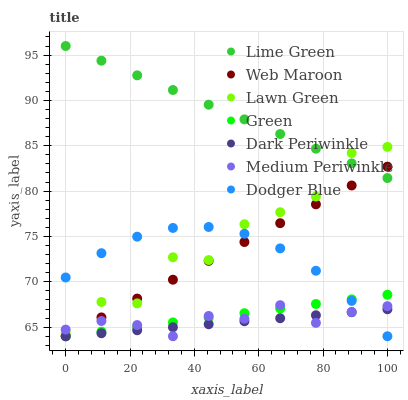
| xaxis_label | Lime Green | Web Maroon | Lawn Green | Green | Dark Periwinkle | Medium Periwinkle | Dodger Blue |
 | --- | --- | --- | --- | --- | --- | --- | --- |
 | 0 | 96 | 64 | 64.4 | 64 | 64 | 64.7 | 70.5 |
 | 11.1 | 94.4 | 66.1 | 67.8 | 64.5 | 64.3 | 65.7 | 73.2 |
 | 22.2 | 92.8 | 68.2 | 67.6 | 65 | 64.7 | 65.2 | 75 |
 | 33.3 | 91.1 | 70.2 | 72.7 | 65.5 | 65 | 64 | 75.9 |
 | 44.4 | 89.5 | 72.3 | 72.4 | 66 | 65.3 | 66.2 | 76 |
 | 55.6 | 87.9 | 74.4 | 76.4 | 66.5 | 65.7 | 65.9 | 75.3 |
 | 66.7 | 86.3 | 76.5 | 77.7 | 67.1 | 66 | 67.4 | 73.7 |
 | 77.8 | 84.7 | 78.5 | 79.4 | 67.6 | 66.3 | 65.5 | 71.2 |
 | 88.9 | 83.1 | 80.6 | 84.2 | 68.1 | 66.6 | 66.7 | 67.9 |
 | 100 | 81.4 | 82.7 | 84.9 | 68.6 | 67 | 67.3 | 64 |